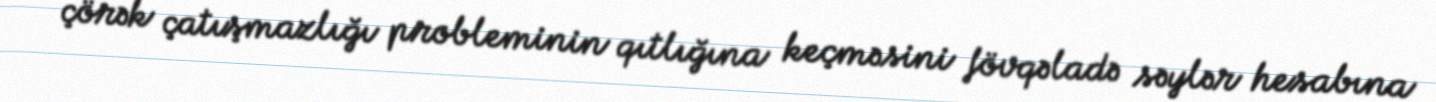
çörək çatışmazlığı probleminin qıtlığına keçməsini fövqəladə səylər hesabına